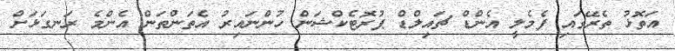
އަތޮޅު ތެރޭގައި ފެމެލީ އެންޑް ޗައިލްޑް ޕުރޮޓެކްޝަން ހުންނައިރު އެތަންތަން އެންމެ ރަނގަޅަށް